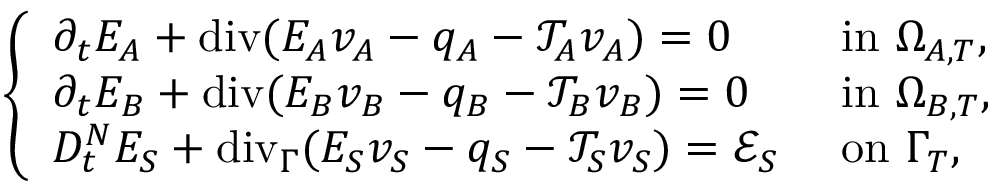
\left\{ \begin{array} { l l } { \partial _ { t } E _ { A } + \mathrm { { d i v } } ( E _ { A } v _ { A } - q _ { A } - \mathcal { T } _ { A } v _ { A } ) = 0 } & { \mathrm { ~ i n ~ } \Omega _ { A , T } , } \\ { \partial _ { t } E _ { B } + { \mathrm { d i v } } ( E _ { B } v _ { B } - q _ { B } - \mathcal { T } _ { B } v _ { B } ) = 0 } & { \mathrm { ~ i n ~ } \Omega _ { B , T } , } \\ { D _ { t } ^ { N } E _ { S } + \mathrm { { d i v } } _ { \Gamma } ( E _ { S } v _ { S } - q _ { S } - \mathcal { T } _ { S } v _ { S } ) = \mathcal { E } _ { S } } & { \mathrm { ~ o n ~ } \Gamma _ { T } , } \end{array} \right.